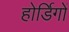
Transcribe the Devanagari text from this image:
होर्डिगों